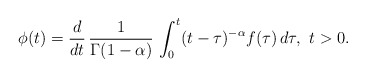
\begin{align*}\phi(t) = \frac{d}{dt}\, \frac{1}{\Gamma(1-\alpha)}\, \int_0^t (t-\tau)^{-\alpha}f(\tau)\, d\tau,\ t>0.\end{align*}